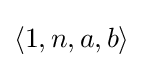
\langle 1,n,a,b\rangle